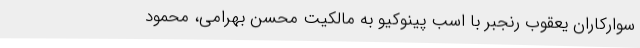
سوارکاران یعقوب رنجبر با اسب پینوکیو به مالکیت محسن بهرامی، محمود